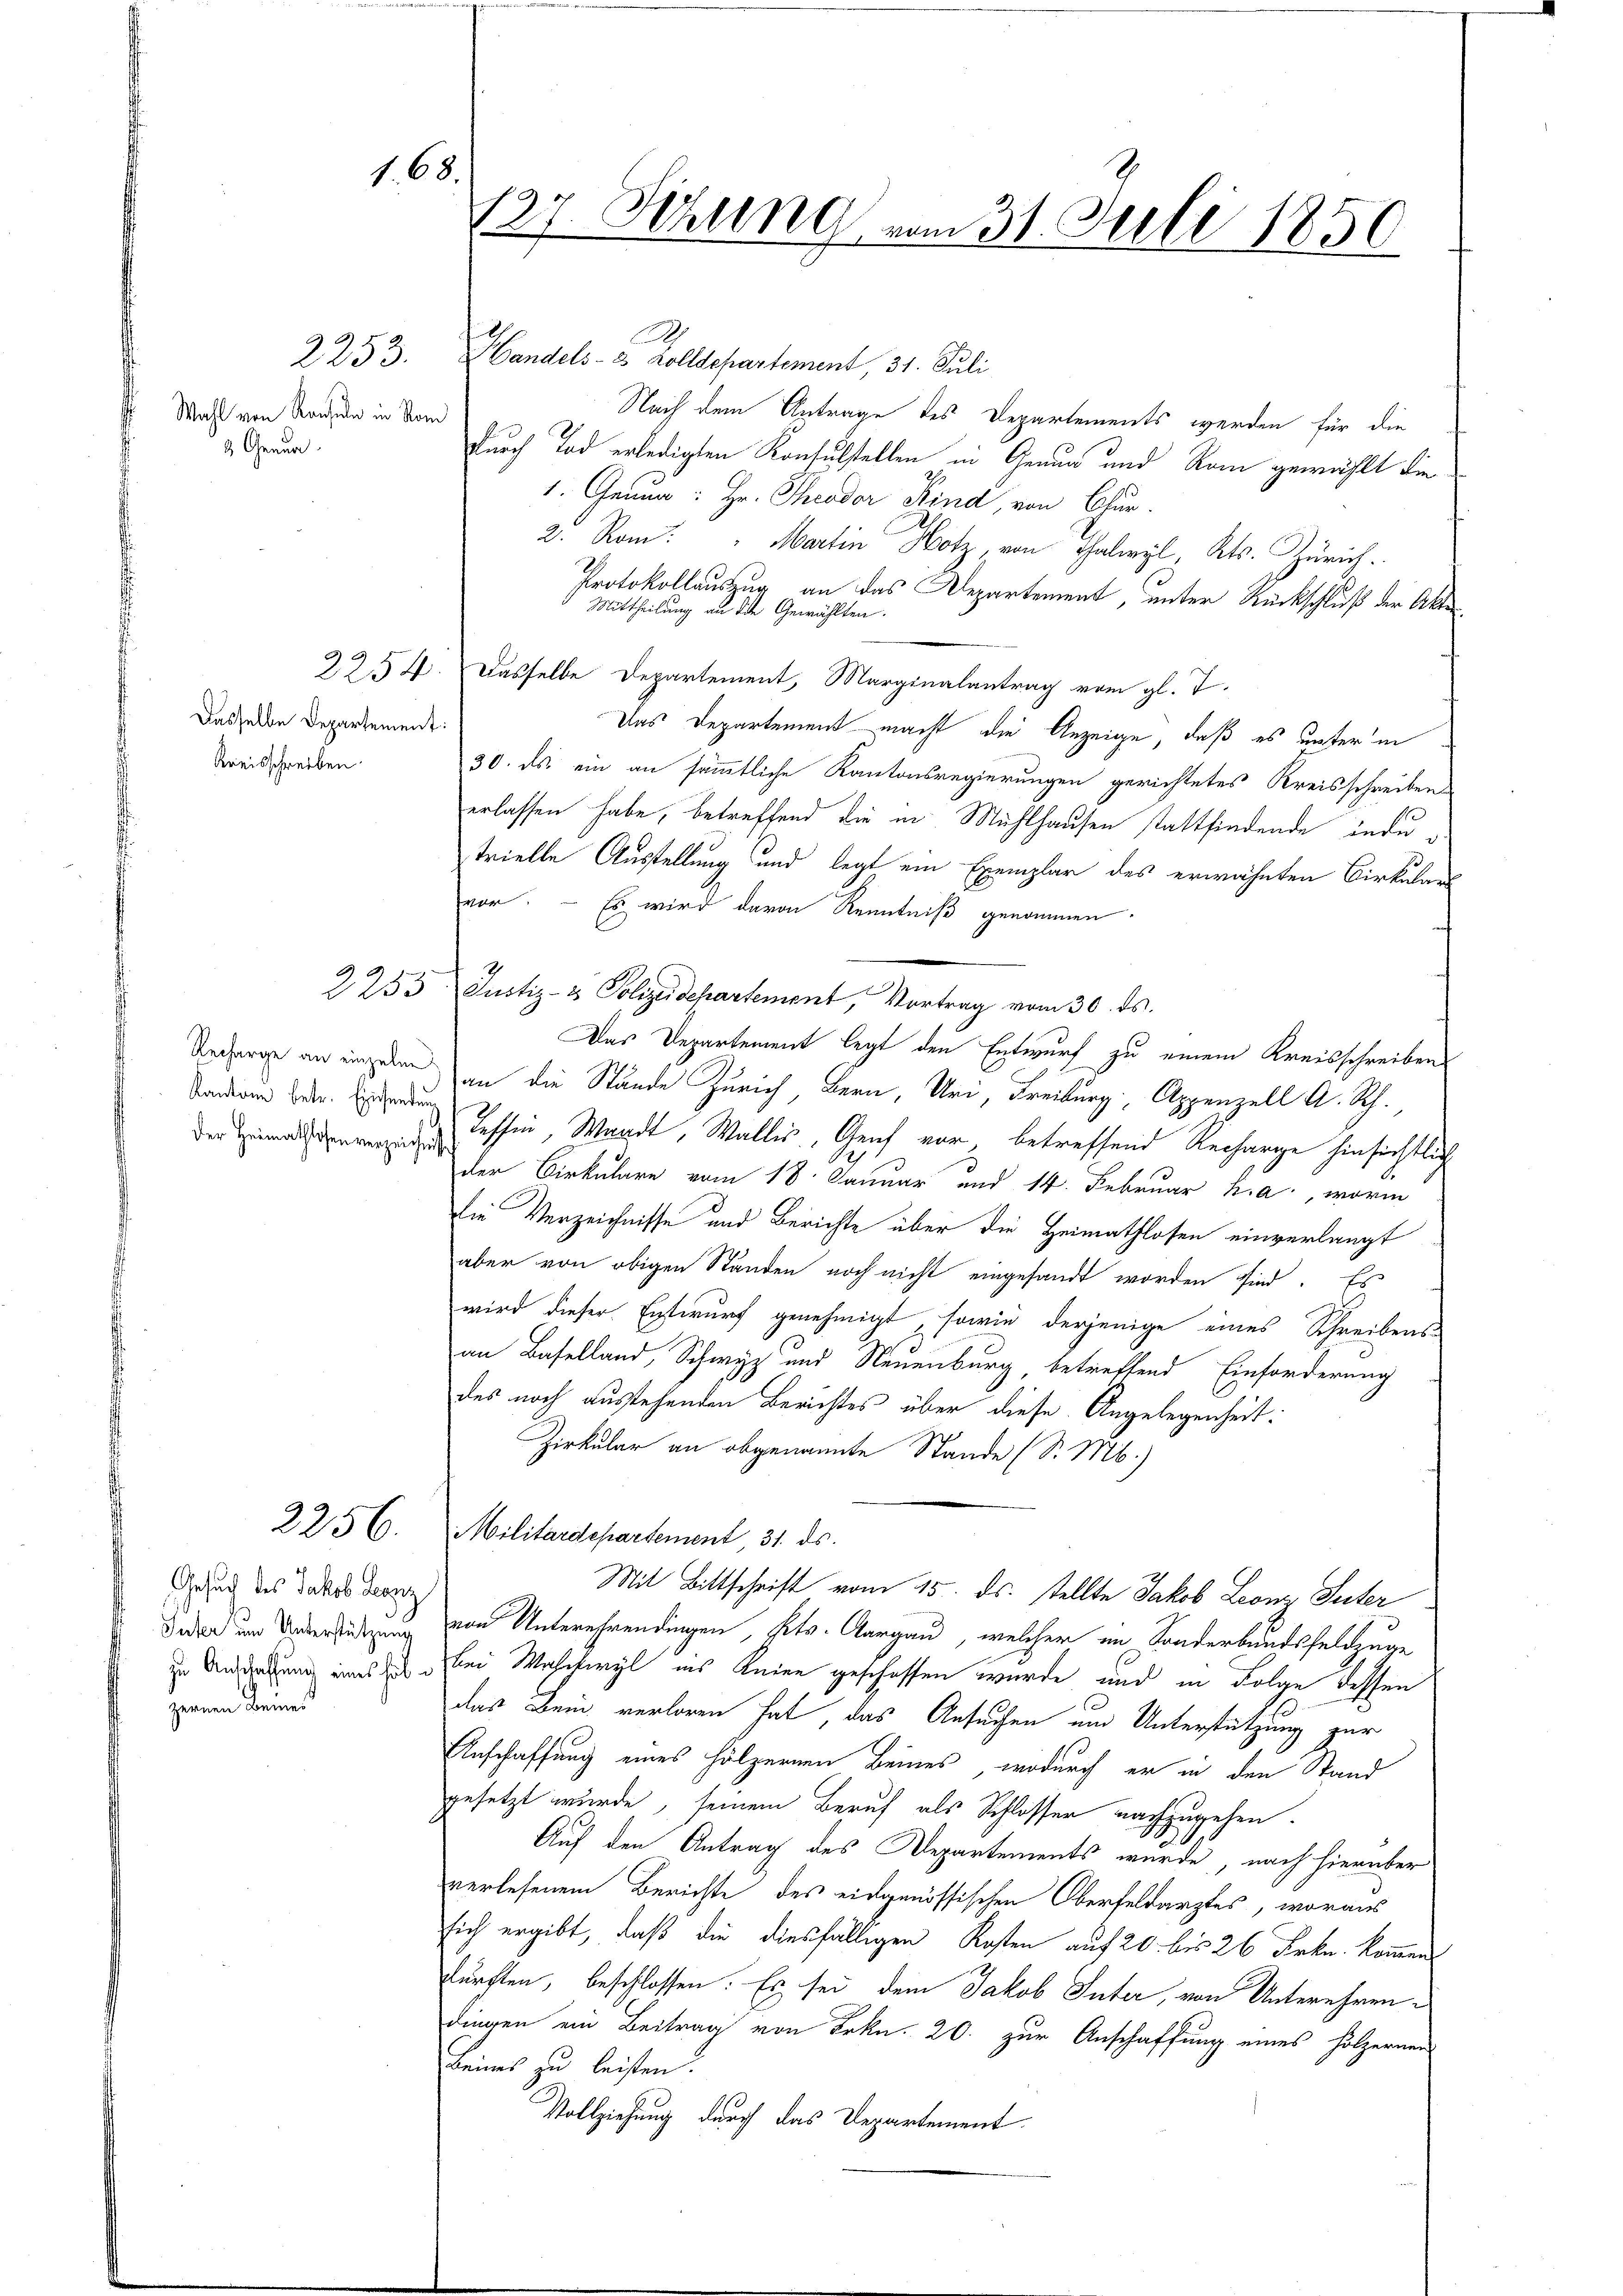
2253.

Dasselbe Departement:
Kreisschreiben.

2256.

1. 68.

Wahl von Rachsen in Rom
3 Genua

Recharge an einzelne
Kantone betr. Einsenden
Der Heimathlosen verzeichn

Gesuch des Jakob Lanz
Suter um Unterstützung
zu Anschaffung eines hobzernen Beiei

127. Sitzung vom 31. Juli 1850

.
Handels- 2 Zolldepartement, 31. Juli
Nach dem Antrage des Departements werden für die
Durch Tod erledigten Konsulstellen in Genua und Rom gewählt die
1. Genua: Hr. Theodor Kind von Chur.
2. Rom. " Martin Hotz, von Thalwyl, Kts. Zürich.
Protokollauszug an das Departement, unter Rückschluß der Akte
Mittheilung an die Gewählten.
2254. Dasselbe Departement, Marginalantrag vom gl. T.
Das Departement macht, die Anzeige, daß es unter in
30. ds. ein an sämmtliche Kantonsregierungen gerichtetes Kreisschreiben
erlassen habe, betreffend die in Mühlhausen stattfindende indutrielle Ausstellung und legt ein Exemplar des erwähnten Cirkular
vor. – Es wird davon Kenntniß genommen.
2253 Justiz- & Polizeidepartement, Vortrag vom 30. ds.
Das Departement legt den Entwurf zu einem Kreisschreiben
an die Stände Zürich Bern, Uri, Freiburg Appenzell A. Rh.,
Tessin, Waadt, Wallis, Genf vor betreffend Recharge hinsichtlich
der Cirkulare vom 18. Januar und 14. Februar h. a., worin
Die Verzeichnisse und Berichte über die Heimathlosen einverlangt
aber von obigen Ständen noch nicht eingesandt worden sind. Es
wird dieser Entwurf genehmigt, sowie derjenige eines Schreibens-
an Baselland, Schwyz und Neuenburg, betreffend Einforderung
des noch ausstehenden Berichtes über diese Angelegenheit:
Zirkular an obgenannte Stande (S. M.)
MMilitärdepartement 31. ds.
Mit Bittschrift vom 15. ds. stellte Jakob Leonz Seiter
von Unterehrendingen, Pets. Aargau, welcher im Sonderbundsfeldzuge
Bei Wahntwyl ins Knien geschossen wurde und in Folge dessen
das Bein verloren hat, das Ansuchen und Unterstützung zur
Anschaffung eines hölzernen Beines, wodurch er in den Stand
gesetzt wurde, seinem Beruf als Schlosser nachzugehen.
Auf den Antrag des Departements wurde, nach hierüber
verlesenem Berichte des eidgenössischen Oberfeldarztes, woraus
sich ergibt, daß die diesfälligen Kosten auf 20. bis 26 Frkn. kommen
sürften, beschlossen. Es sei dem Jakob Suter, von Unterehren¬
Dingen ein Beitrag von Frkn. 20. zur Anschaffung eines Hölzerner
keines zu leisten.
Vollziehung durch das Departement.

9